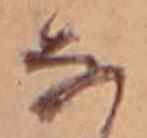
な